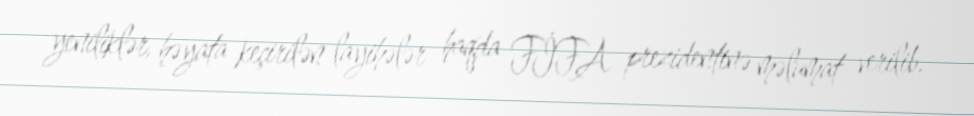
yeniliklər, həyata keçirilən layihələr haqda FİFA prezidentinə məlumat verilib.